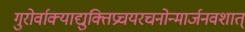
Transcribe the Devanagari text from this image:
गुरोर्वाक्याद्युक्तिप्रचयरचनोन्मार्जनवशात्